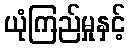
ယုံကြည်မှုနှင့်